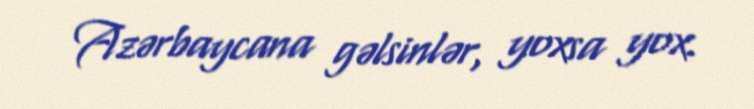
Azərbaycana gəlsinlər, yoxsa yox.